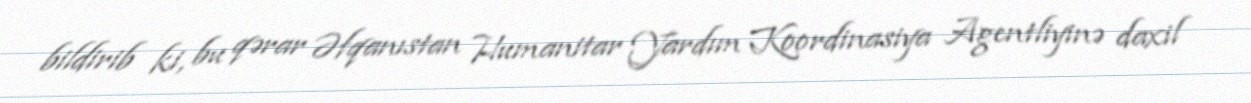
bildirib ki, bu qərar Əfqanıstan Humanitar Yardım Koordinasiya Agentliyinə daxil